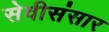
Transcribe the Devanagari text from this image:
सेवीसंसार